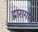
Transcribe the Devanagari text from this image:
द्वारागांव